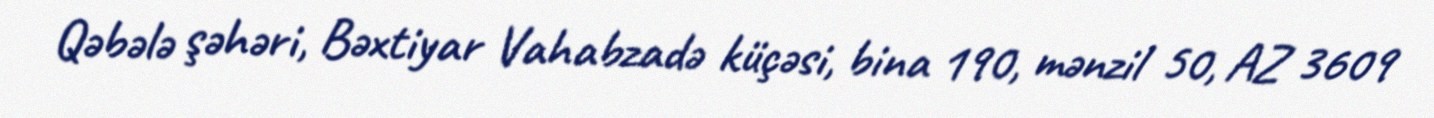
Qəbələ şəhəri, Bəxtiyar Vahabzadə küçəsi, bina 190, mənzil 50, AZ 3609